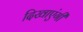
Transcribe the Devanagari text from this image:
दिखाएंगी